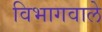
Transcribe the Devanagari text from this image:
विभागवाले